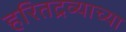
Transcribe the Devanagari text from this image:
हरितद्रव्याच्या